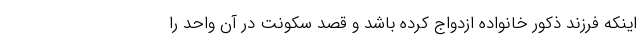
اینکه فرزند ذکور خانواده ازدواج کرده باشد و قصد سکونت در آن واحد را